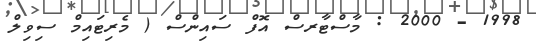
1998 - 2000 : މާސްޓާރސް އޮފް ސައިންސް ( މެރިޓައިމް ސިވިލް